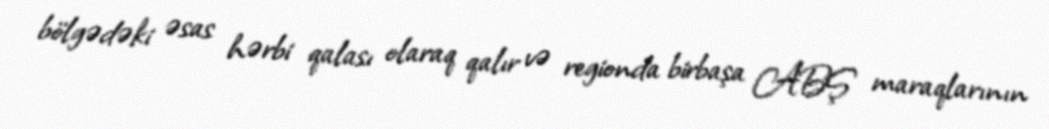
bölgədəki əsas hərbi qalası olaraq qalır və regionda birbaşa ABŞ maraqlarının